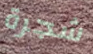
شجرة